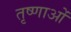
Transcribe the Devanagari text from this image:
तृष्णाओं